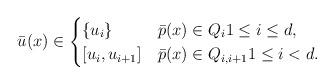
LaTeX: \begin{align*} \bar u(x) \in \begin{cases} \{u_i\} & \bar p(x) \in Q_i 1 \leq i \leq d,\\ [u_i, u_{i+1}] & \bar p(x) \in Q_{i,i+1} 1 \leq i < d. \end{cases} \end{align*}